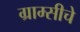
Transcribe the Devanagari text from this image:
ग्राम्सीचे